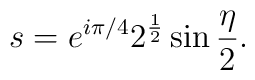
s=e^{i \pi/4}2^{1\over 2}\sin{\eta\over 2}.